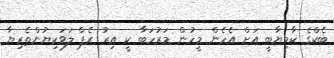
ބެކްގެ ކާމިޔާބީ އަށް އެހެން މީހުން މަރުހަބާ ކީ އިރު ރެޕް ލަވަކިޔުންތެރިޔާ